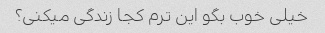
خیلی خوب بگو این ترم کجا زندگی میکنی؟